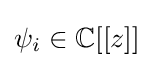
{\textstyle \psi _{i}\in \mathbb {C} [[z]]}